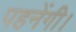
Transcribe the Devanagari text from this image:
पहनेंगी।